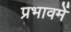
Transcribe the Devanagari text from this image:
प्रभावमें